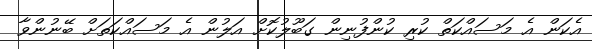
އެކަން އެ މަސައްކަތް ކުރި ކުންފުނިން ގަބޫލުކޮށް އަލުން އެ މަސައްކަތަށް ބޭނުންވާ